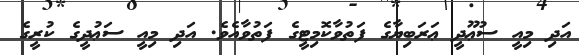
އަދި މިއީ ސުޢޫދީ ޢަރަބިޔާގެ ފަތުވާކޮމިޓީގެ ފަތުވާއެވެ. އަދި މިއީ ސަޢުދީގެ ކުރީގެ